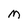
Character: M